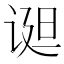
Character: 䜥